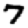
Digit: 7